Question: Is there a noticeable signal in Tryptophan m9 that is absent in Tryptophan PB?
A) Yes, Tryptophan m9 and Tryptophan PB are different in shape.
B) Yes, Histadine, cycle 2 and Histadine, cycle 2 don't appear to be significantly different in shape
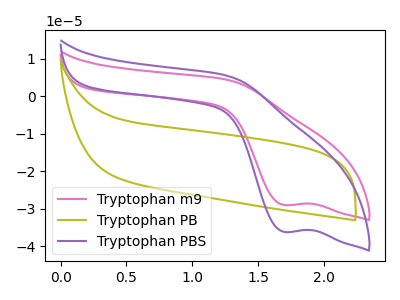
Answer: <think>The pink curve "Tryptophan m9" has a cathodic peak at: (1.70V, -29.10uA). The olive curve "Tryptophan PB" has no peaks. The purple curve "Tryptophan PBS" has a cathodic peak at: (1.70V, -36.25uA).
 "Tryptophan m9" and "Tryptophan PB" have a different number of peaks.</think>
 <answer>A) Yes, "Tryptophan m9" and "Tryptophan PB" are different in shape.</answer>
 <eval>A</eval>